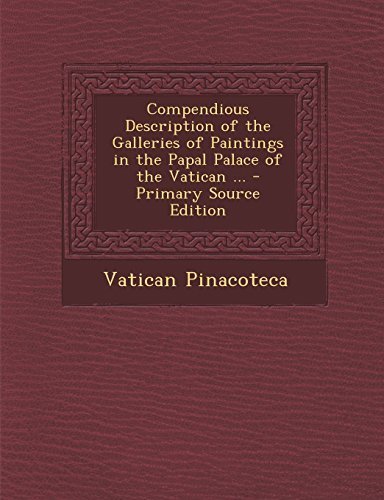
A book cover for Compendious Description of the Galleries of Paintings in the Papal Palace of the Vatican ... - Primary Source Edition by Pinacoteca, Vatican (2014) Paperback; Vatican Pinacoteca; Travel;